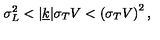
\sigma _ { L } ^ { 2 } < | \underline { { k } } | \sigma _ { T } V < \left( \sigma _ { T } V \right) ^ { 2 } ,